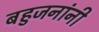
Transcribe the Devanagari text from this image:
बहुजनांनी